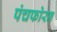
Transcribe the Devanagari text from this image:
पंचफोरन